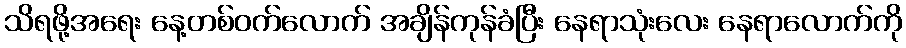
သိရဖို့အရေး နေ့တစ်ဝက်လောက် အချိန်ကုန်ခံပြီး နေရာသုံးလေး နေရာလောက်ကို